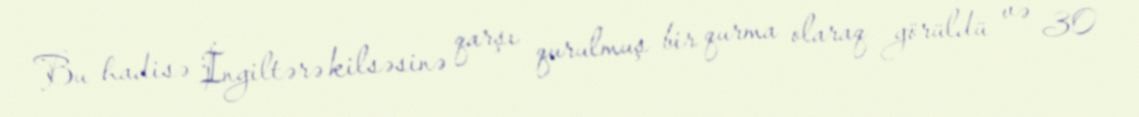
Bu hadisə İngiltərə kilsəsinə qarşı qurulmuş bir qurma olaraq görüldü və 30